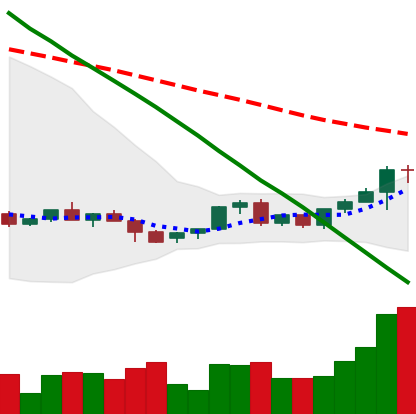
Ticker: LINK-USD
Chart end date: 2022-06-08
Forward return: -32.467%
Label: down_7plus